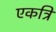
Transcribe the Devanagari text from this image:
एकत्रि